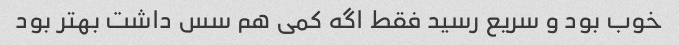
خوب بود و سریع رسید فقط اگه کمی هم سس داشت بهتر بود